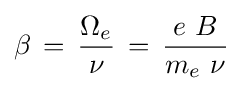
\beta \,=\,{\frac {\Omega _{e}}{\nu }}\,=\,{\frac {e\ B}{m_{e}\ \nu }}